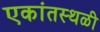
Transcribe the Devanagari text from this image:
एकांतस्थळी